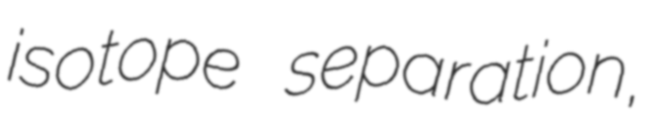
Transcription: isotope separation,